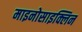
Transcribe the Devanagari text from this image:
माइनोसाइक्लिन